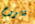
تتزوج